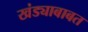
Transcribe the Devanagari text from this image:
खंड्याबाबत